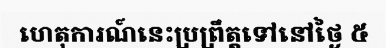
ហេតុការណ៍នេះប្រព្រឹត្តទៅនៅថ្ងៃ ៥